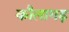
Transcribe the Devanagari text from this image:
कौलागढ़